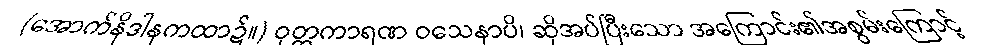
(အောက်နိဒါနကထာ၌။) ဝုတ္တကာရဏ ဝသေနာပိ၊ ဆိုအပ်ပြီးသော အကြောင်း၏အစွမ်းကြောင့်